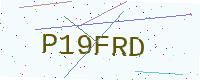
Text: P19FRD